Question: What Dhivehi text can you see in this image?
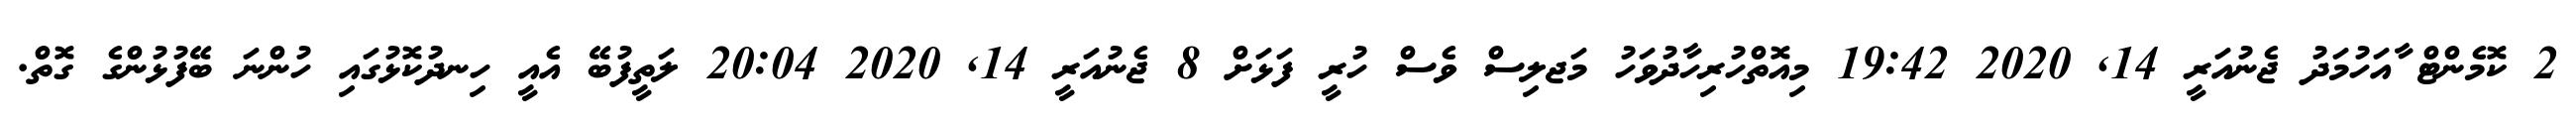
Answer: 2 ކޮމެންޓް ާއަހުމަދު ޖެނުއަރީ 14, 2020 19:42 މިއޮތްހުރިހާދުވަހު މަޖލިސް ވެސް ހުރީ ފަޅަށް 8 ޖެނުއަރީ 14, 2020 20:04 ލަތީފުބޭ އެއީ ހިނދުކޮޅުގައި ހުންނަ ބޭފުޅުންގެ ގޮތް.